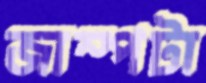
জাম্পটা